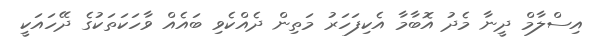
އިސްލާމް ދީނާ މެދު އޮބާމާ އެކިފަހަރު މަތިން ދެއްކެވި ބައެއް ވާހަކަތަކުގެ ދޭހައަކީ